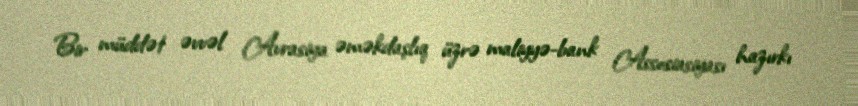
Bir müddət əvvəl Avrasiya əməkdaşlıq üzrə maliyyə-bank Assosiasiyası hazırkı